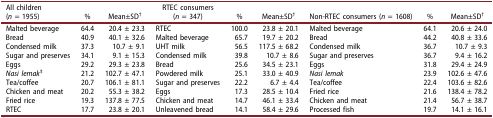
| All children(n = 1955) | % | Mean±SD† | RTEC consumers(n = 347) | % | Mean±SD† | Non-RTEC consumers (n = 1608) | % | Mean±SD† |
 | --- | --- | --- | --- | --- | --- | --- | --- | --- |
 | Malted beverage | 64.4 | 20.4 ± 23.3 | RTEC | 100.0 | 23.8 ± 20.1 | Malted beverage | 64.1 | 20.6 ± 24.0 |
 | Bread | 40.9 | 40.1 ± 32.6 | Malted beverage | 65.7 | 19.7 ± 20.2 | Bread | 44.2 | 40.8 ± 33.6 |
 | Condensed milk | 37.3 | 10.7 ± 9.1 | UHT milk | 56.5 | 117.5 ± 68.2 | Condensed milk | 36.7 | 10.7 ± 9.3 |
 | Sugar and preserves | 34.1 | 9.1 ± 15.3 | Condensed milk | 39.8 | 10.7 ± 8.6 | Sugar and preserves | 36.7 | 9.4 ± 16.2 |
 | Eggs | 29.2 | 29.3 ± 23.8 | Bread | 25.6 | 34.5 ± 23.1 | Eggs | 31.8 | 29.4 ± 24.9 |
 | Nasi lemak‡ | 21.2 | 102.7 ± 47.1 | Powdered milk | 25.1 | 33.0 ± 40.9 | Nasi lemak | 23.9 | 102.6 ± 47.6 |
 | Tea/coffee | 20.7 | 106.1 ± 81.1 | Sugar and preserves | 22.2 | 6.7 ± 4.4 | Tea/coffee | 22.4 | 103.6 ± 82.6 |
 | Chicken and meat | 20.2 | 55.3 ± 38.2 | Eggs | 17.3 | 28.5 ± 10.4 | Fried rice | 21.6 | 138.4 ± 78.2 |
 | Fried rice | 19.3 | 137.8 ± 77.5 | Chicken and meat | 14.7 | 46.1 ± 33.4 | Chicken and meat | 21.4 | 56.7 ± 38.7 |
 | RTEC | 17.7 | 23.8 ± 20.1 | Unleavened bread | 14.1 | 58.4 ± 29.6 | Processed fish | 19.7 | 14.1 ± 16.1 |